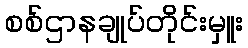
စစ်ဌာနချုပ်တိုင်းမှူး